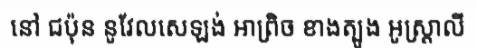
នៅ ជប៉ុន នូវែលសេឡង់ អាព្រិច ខាងត្បូង អូស្ត្រាលី